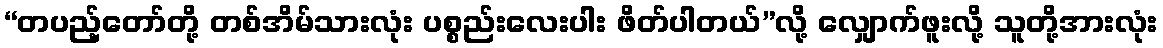
“တပည့်တော်တို့ တစ်အိမ်သားလုံး ပစ္စည်းလေးပါး ဖိတ်ပါတယ်”လို့ လျှောက်ဖူးလို့ သူတို့အားလုံး